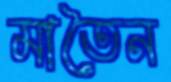
মাতৈন